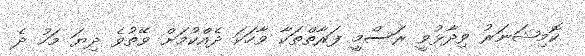
ކޮމިޝަނަރު ވިދާޅުވީ ރަސްމީ ފަރާތްތަކާ ވާހަކަ ދެއްކުމަށް ވޭތުވެ ދިޔަ މަހު ދެ